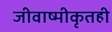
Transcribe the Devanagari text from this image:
जीवाष्मीकृतही